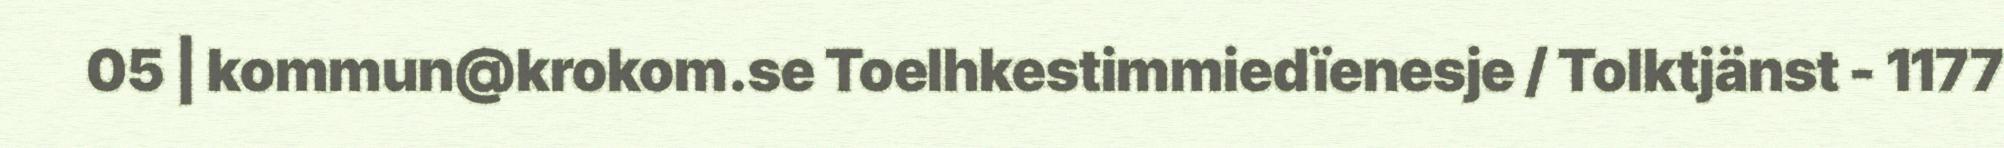
05 | kommun@krokom.se Toelhkestimmiedïenesje / Tolktjänst - 1177